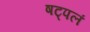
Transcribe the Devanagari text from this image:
षट्पलं